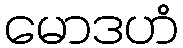
မောဒဟံ